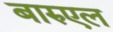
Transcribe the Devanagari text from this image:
बारुएल